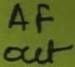
Text: AF out